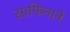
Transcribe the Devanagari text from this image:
साफिनाने